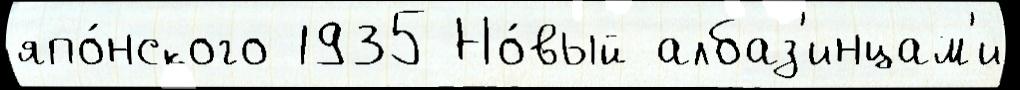
япо́нского 1935 Но́вый албаз'инцам'и